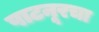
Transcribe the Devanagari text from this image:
पाटनूरचा